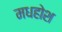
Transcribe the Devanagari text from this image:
मधहोश